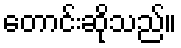
တောင်းဆိုသည်။